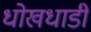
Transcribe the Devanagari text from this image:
धोखधाडी